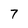
Character: 7